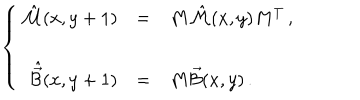
LaTeX: \left\{ \begin{array} { r c l } { { \hat { \cal M } ( x , y + 1 ) } } & { { = } } & { { M \hat { \cal M } ( x , y ) M ^ { T } \, , } } \\ { { } } & { { } } & { { } } \\ { { \hat { \vec { \cal B } } ( x , y + 1 ) } } & { { = } } & { { M \vec { \cal B } ( x , y ) \, . } } \\ \end{array} \right.